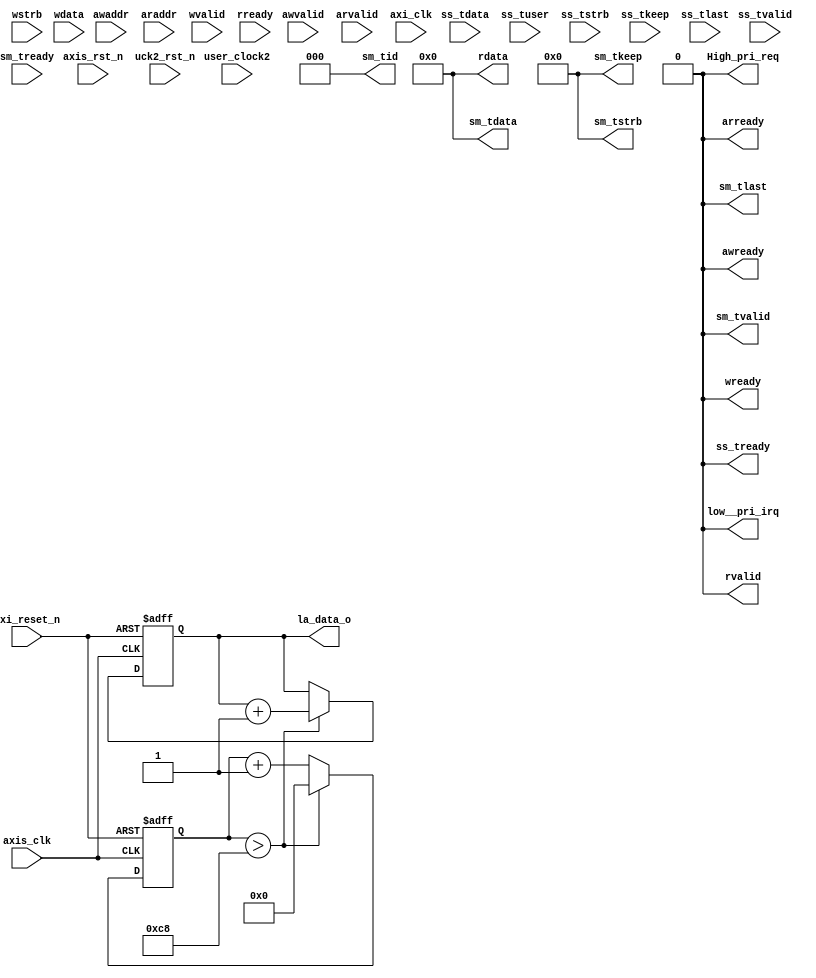
// This code snippet was auto generated by xls2vlog.py from source file: ./user_project_wrapper.xlsx
// User: josh
// Date: Sep-22-23



module USER_PRJ3 #( parameter pUSER_PROJECT_SIDEBAND_WIDTH   = 5,
          parameter pADDR_WIDTH   = 12,
                   parameter pDATA_WIDTH   = 32
                 )
(
  output wire                        awready,
  output wire                        arready,
  output wire                        wready,
  output wire                        rvalid,
  output wire  [(pDATA_WIDTH-1) : 0] rdata,
  input  wire                        awvalid,
  input  wire                [11: 0] awaddr,
  input  wire                        arvalid,
  input  wire                [11: 0] araddr,
  input  wire                        wvalid,
  input  wire                 [3: 0] wstrb,
  input  wire  [(pDATA_WIDTH-1) : 0] wdata,
  input  wire                        rready,
  input  wire                        ss_tvalid,
  input  wire  [(pDATA_WIDTH-1) : 0] ss_tdata,
  input  wire                 [1: 0] ss_tuser,
    `ifdef USER_PROJECT_SIDEBAND_SUPPORT
  input  wire                 [pUSER_PROJECT_SIDEBAND_WIDTH-1: 0] ss_tupsb,
  `endif
  input  wire                 [3: 0] ss_tstrb,
  input  wire                 [3: 0] ss_tkeep,
  input  wire                        ss_tlast,
  input  wire                        sm_tready,
  output wire                        ss_tready,
  output wire                        sm_tvalid,
  output wire  [(pDATA_WIDTH-1) : 0] sm_tdata,
  output wire                 [2: 0] sm_tid,
  `ifdef USER_PROJECT_SIDEBAND_SUPPORT
  output  wire                 [pUSER_PROJECT_SIDEBAND_WIDTH-1: 0] sm_tupsb,
  `endif
  output wire                 [3: 0] sm_tstrb,
  output wire                 [3: 0] sm_tkeep,
  output wire                        sm_tlast,
  output wire                        low__pri_irq,
  output wire                        High_pri_req,
  output wire                [23: 0] la_data_o,
  input  wire                        axi_clk,
  input  wire                        axis_clk,
  input  wire                        axi_reset_n,
  input  wire                        axis_rst_n,
  input  wire                        user_clock2,
  input  wire                        uck2_rst_n
);


assign awready       = 1'b0;
assign arready       = 1'b0;
assign wready        = 1'b0;
assign rvalid        = 1'b0;
assign rdata         = {pDATA_WIDTH{1'b0}};
assign ss_tready     = 1'b0;
assign sm_tvalid     = 1'b0;
assign sm_tdata      = {pDATA_WIDTH{1'b0}};
assign sm_tid        = 3'b0;
`ifdef USER_PROJECT_SIDEBAND_SUPPORT
  assign sm_tupsb      = 5'b0;
`endif
assign sm_tstrb      = 4'b0;
assign sm_tkeep      = 1'b0;
assign sm_tlast      = 1'b0;
assign low__pri_irq  = 1'b0;
assign High_pri_req  = 1'b0;

reg [23:0] la_data_o_reg;
reg [7:0] la_data_o_count;

assign la_data_o = la_data_o_reg;
always @(posedge axis_clk or negedge axi_reset_n) begin
    if (!axi_reset_n) begin
      la_data_o_reg <= 24'b0;
      la_data_o_count <= 8'b0;
    end else begin
      if(la_data_o_count > 8'hC8) begin
        la_data_o_reg <= la_data_o_reg + 1;
        la_data_o_count <= 8'h0;
      end else begin
        la_data_o_count <= la_data_o_count + 1;
      end
    end
end

endmodule // USER_PRJ3